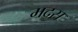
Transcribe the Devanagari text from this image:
मदस